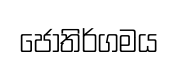
ජෝතිර්ගමය